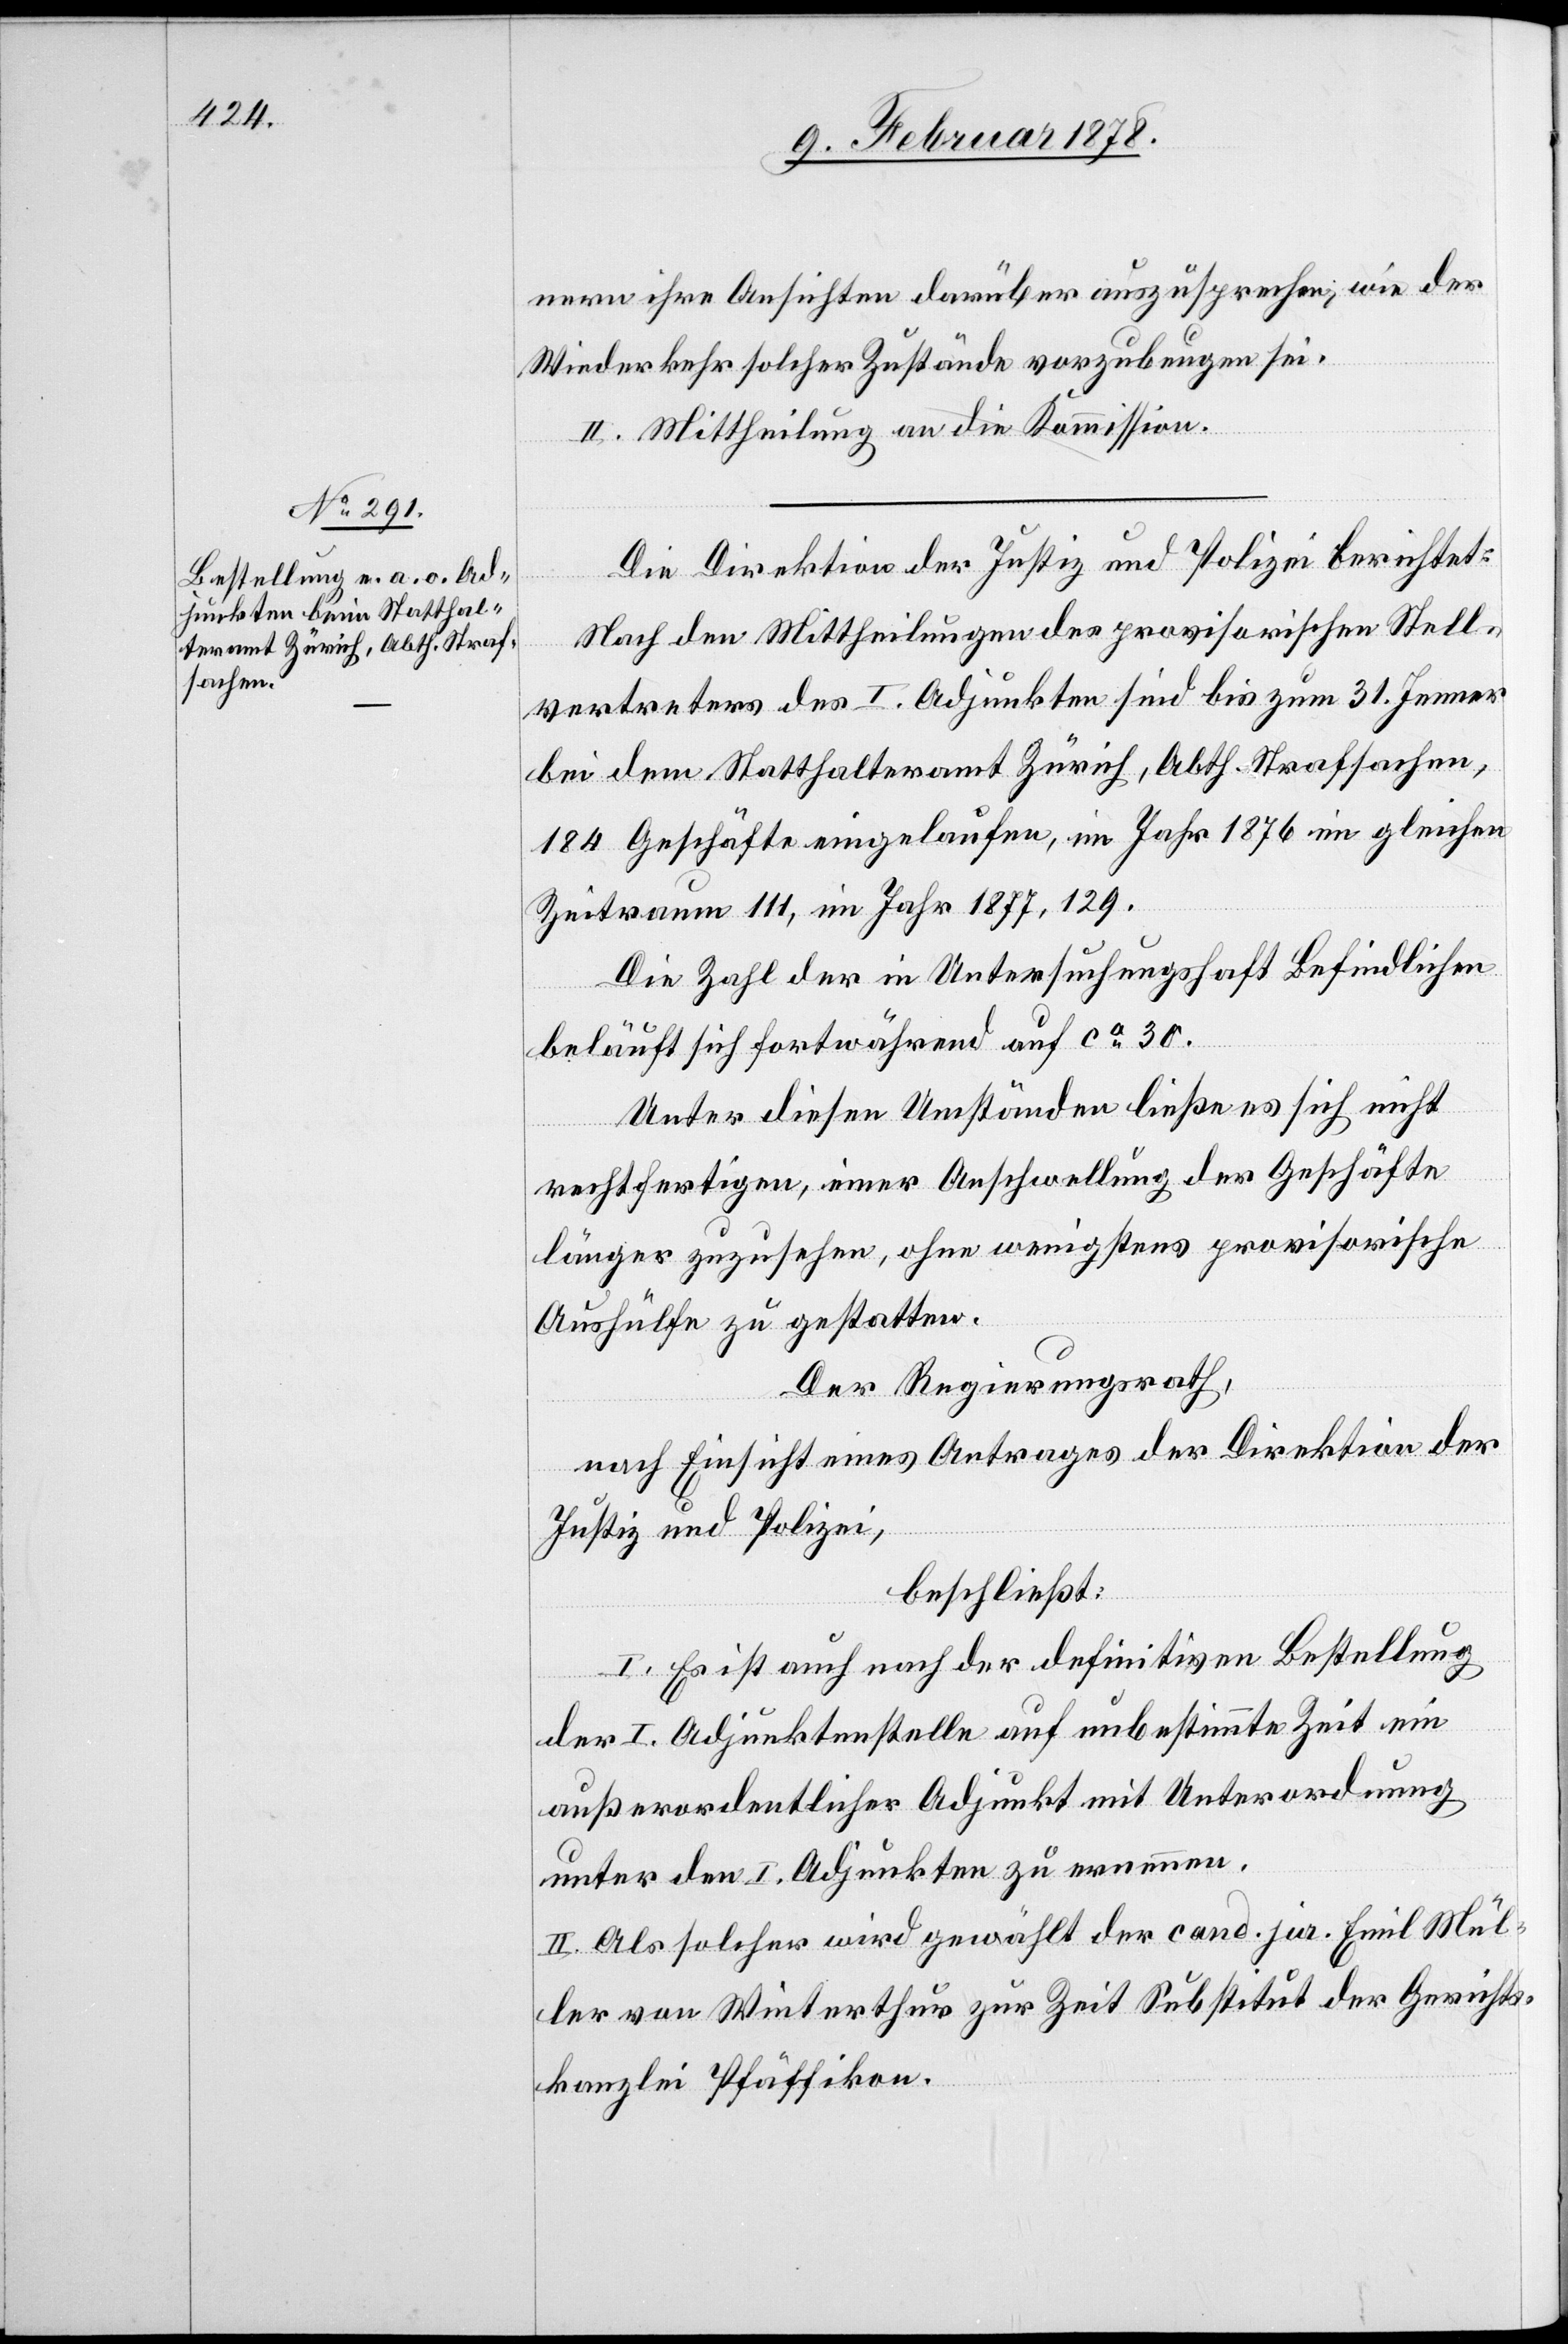
nern ihre Ansichten darüber auszusprechen, wie der
Wiederkehr solcher Zustände vorzubeugen sei.
II. Mittheilung an die Kommission.
Die Direktion der Justiz und Polizei berichtet:
Nach den Mittheilungen des provisorischen Stell¬
vertreters des I. Adjunkten sind bis zum 31. Jenner
bei dem Statthalteramt Zürich, Abth. Strafsachen,
184 Geschäfte eingelaufen, im Jahr 1876 im gleichen
Zeitraum 111, im Jahr 1877, 129.
Die Zahl der in Untersuchungshaft Befindlichen
beläuft sich fortwährend auf ca 30.
Unter diesen Umständen ließe es sich nicht
rechtfertigen, einer Anschwellung der Geschäfte
länger zuzusehen, ohne wenigstens provisorische
Aushülfe zu gestatten.
Der Regierungsrath,
nach Einsicht eines Antrages der Direktion der
Justiz und Polizei,
beschließt:
I. Es ist auch nach der definitiven Bestellung
der I. Adjunktenstelle auf unbestimmte Zeit ein
außerordentlicher Adjunkt mit Unterordnung
unter den I. Adjunkten zu ernennen.
II. Als solcher wird gewählt der can. jur. Emil Mül¬
ler von Winterthur zur Zeit Substitut der Gerichts¬
kanzlei Pfäffikon.